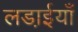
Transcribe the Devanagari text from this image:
लडा़ईयाँ